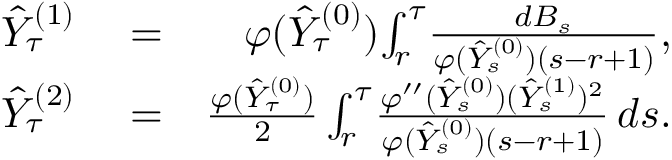
\begin{array} { r l r } { \hat { Y } _ { \tau } ^ { ( 1 ) } } & { { } = } & { \varphi ( \hat { Y } _ { \tau } ^ { ( 0 ) } ) \! \int _ { r } ^ { \tau } \! \frac { d B _ { s } } { \varphi ( \hat { Y } _ { s } ^ { ( 0 ) } ) ( s - r + 1 ) } , } \\ { \hat { Y } _ { \tau } ^ { ( 2 ) } } & { { } = } & { \frac { \varphi ( \hat { Y } _ { \tau } ^ { ( 0 ) } ) } { 2 } \int _ { r } ^ { \tau } \! \frac { \varphi ^ { \prime \prime } ( \hat { Y } _ { s } ^ { ( 0 ) } ) ( \hat { Y } _ { s } ^ { ( 1 ) } ) ^ { 2 } } { \varphi ( \hat { Y } _ { s } ^ { ( 0 ) } ) ( s - r + 1 ) } \, d s . } \end{array}